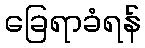
ခြေရာခံရန်